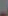
.